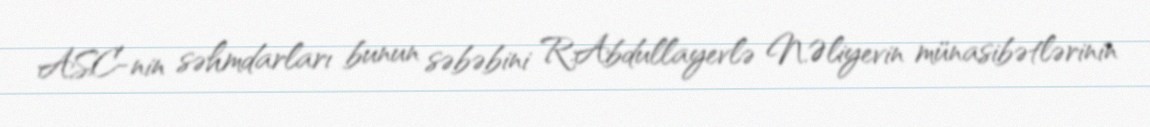
ASC-nin səhmdarları bunun səbəbini R.Abdullayevlə N.Əliyevin münasibətlərinin